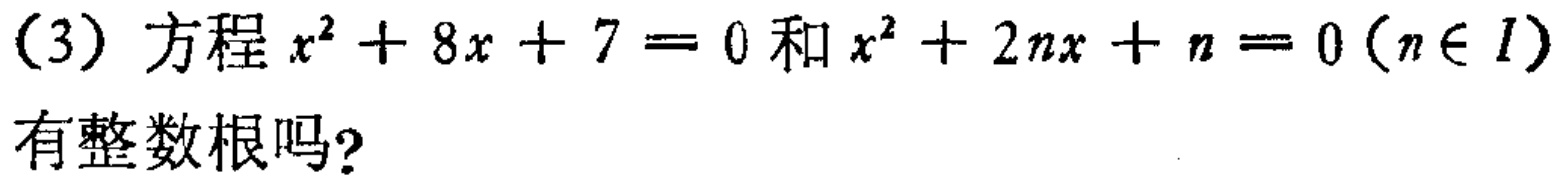
（3）方程\(x^{2}+8x + 7 = 0\)和\(x^{2}+2nx + n = 0(n\in I)\)有整数根吗？